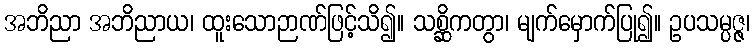
အဘိညာ အဘိညာယ၊ ထူးသောဉာဏ်ဖြင့်သိ၍။ သစ္ဆိကတွာ၊ မျက်မှောက်ပြု၍။ ဥပသမ္ပဇ္ဇ၊